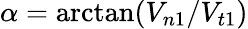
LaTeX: \alpha=\arctan({V_{n1}/V_{t1}})